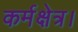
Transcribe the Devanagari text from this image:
कर्मक्षेत्र।